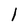
Character: l